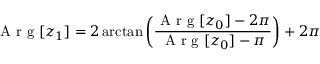
\mathrm { ~ A ~ r ~ g ~ } [ z _ { 1 } ] = 2 \arctan \left( \frac { \mathrm { ~ A ~ r ~ g ~ } [ z _ { 0 } ] - 2 \pi } { \mathrm { ~ A ~ r ~ g ~ } [ z _ { 0 } ] - \pi } \right) + 2 \pi